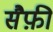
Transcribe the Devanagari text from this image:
सैफ़ी